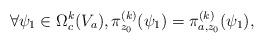
LaTeX: \begin{align*}\forall \psi_1\in \Omega^k_c(V_a),\pi_{z_0}^{(k)}(\psi_1)=\pi_{a,z_0}^{(k)}(\psi_1),\end{align*}